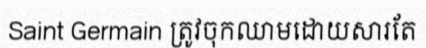
Saint Germain ត្រូវចុកឈាមដោយសារតែ